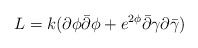
\begin{align*}L = k(\partial\phi\bar\partial\phi + e^{2\phi}\bar\partial\gamma\partial\bar\gamma) \end{align*}